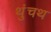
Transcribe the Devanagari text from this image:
थुंचथ